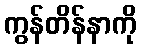
ကွန်တိန်နာကို